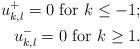
LaTeX: \begin{align*}u^+_{k,l}=0 \mbox{ for }k\leq -1;\\u^-_{k,l}=0 \mbox{ for }k\geq 1.\end{align*}